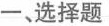
一、选择题